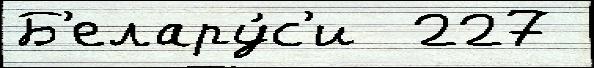
Б'елару́с'и  227